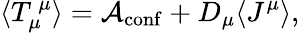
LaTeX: \langle T_{\mu}^{~\mu}\rangle={\cal A}_{\mathrm{conf}}+D_{\mu}\langle J^{\mu}\rangle,